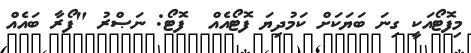
މިފޮޓޯއަކީ ގިނަ ބަޔަކަށް ކަމުދިޔަ ފޮޓޯއެއް  ފޮޓޯ: ނަޞްރު "ފޯރާ ބައެއް